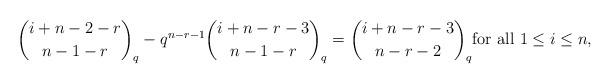
LaTeX: \begin{align*} {i+n-2-r\choose n-1-r}_q-q^{n-r-1} {i+n-r-3\choose n-1-r}_q={i+n-r-3\choose n-r-2}_q \mbox{for all $1\leq i\leq n$,}\end{align*}